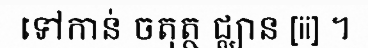
ទៅកាន់ ចតុត្ថ ជ្ឈាន [ii] ។